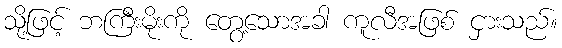
သို့ဖြင့် ဘကြီးမိုးကို တွေ့သောအခါ ကူလီအဖြစ် ငှားသည်။